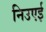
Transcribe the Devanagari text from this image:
निउएई